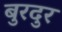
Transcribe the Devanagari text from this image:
बुरदुर